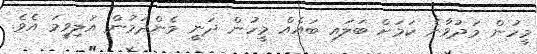
މީހުން މަދުވާނެ ކަމަށް ބަލައި ބައެއް މީހުން ދަނީ މެންދަމުން އަލިވީމަ އެވެ.